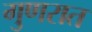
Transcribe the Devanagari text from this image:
गुणरात